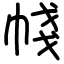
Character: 帴